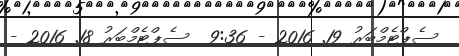
ސެޕްޓެމްބަރު 19